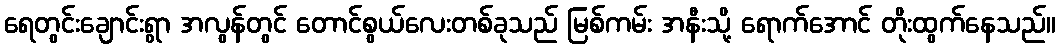
ရေတွင်းချောင်းရွာ အလွန်တွင် တောင်စွယ်လေးတစ်ခုသည် မြစ်ကမ်း အနီးသို့ ရောက်အောင် တိုးထွက်နေသည်။